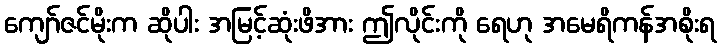
ကျော်ဇင်မိုးက ဆိုပါး အမြင့်ဆုံးဖိအား ဤလိုင်းကို ရေဟု အမေရိကန်အစိုးရ